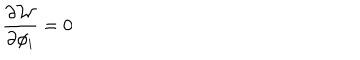
\frac { \partial { \cal W } } { \partial \phi _ { i } } = 0